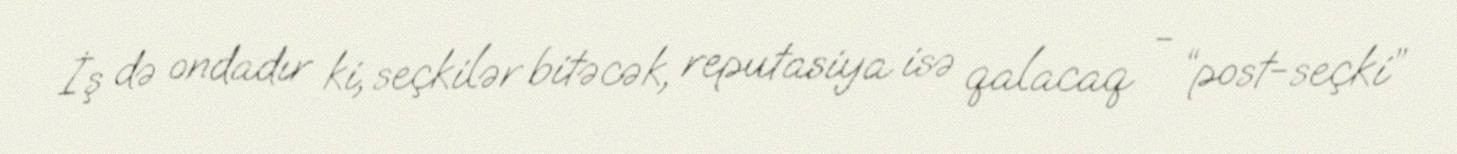
İş də ondadır ki, seçkilər bitəcək, reputasiya isə qalacaq - “post-seçki”